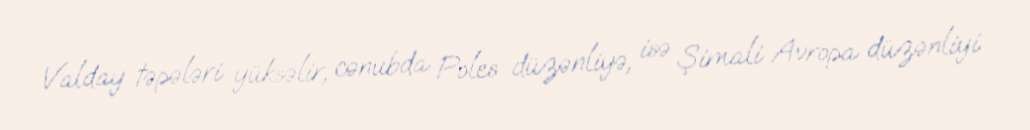
Valday təpələri yüksəlir, cənubda Poles düzənliyə, isə Şimali Avropa düzənliyi